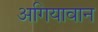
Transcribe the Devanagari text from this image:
अगियावान